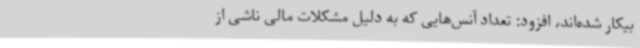
بیکار شده‌اند، افزود: تعداد آنس‌هایی که به دلیل مشکلات مالی ناشی از